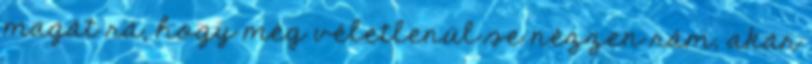
magát rá, hogy még véletlenül se nézzen rám, akár